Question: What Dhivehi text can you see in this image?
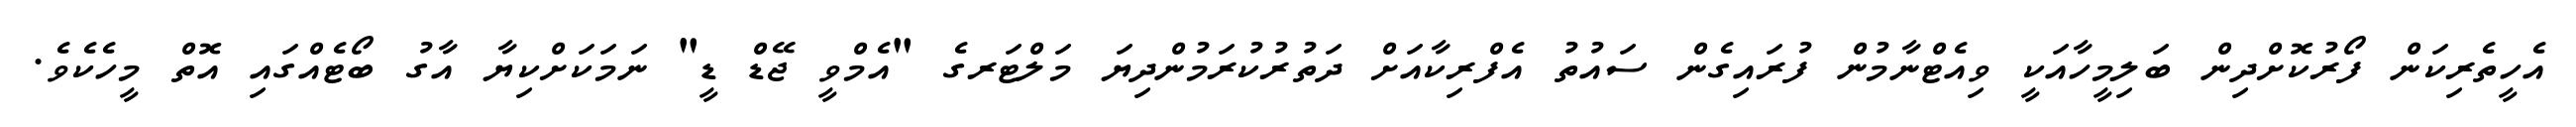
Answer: އެހީތެރިކަން ފޯރުކޮށްދިން ބަލިމީހާއަކީ ވިއެޓްނާމުން ފުރައިގެން ސައުތު އެފްރިކާއަށް ދަތުރުކުރަމުންދިޔަ މަލްޓަރގެ "އެމްވީ ޖޭޑް ޑީ" ނަމަކަށްކިޔާ އާގު ބޯޓެއްގައި އޮތް މީހެކެވެ.